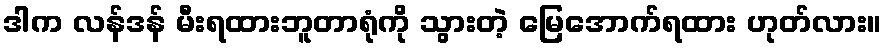
ဒါက လန်ဒန် မီးရထားဘူတာရုံကို သွားတဲ့ မြေအောက်ရထား ဟုတ်လား။